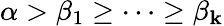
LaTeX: \alpha>\beta_{1}\geq\cdots\geq\beta_{\mathbf{k}}